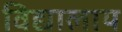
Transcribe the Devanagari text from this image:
विद्यालाय